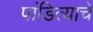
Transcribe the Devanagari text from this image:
पांडित्याचे